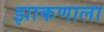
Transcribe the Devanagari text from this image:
झाकणाला